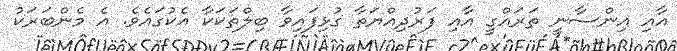
އާއި އިންސާނީ ތަރައްގީ އާއި ފަރުދިއްޔަތާ ގުޅިފައިވާ ބިލްތަކަކާ އެކުގައެވެ. އެ މެންބަރަކު